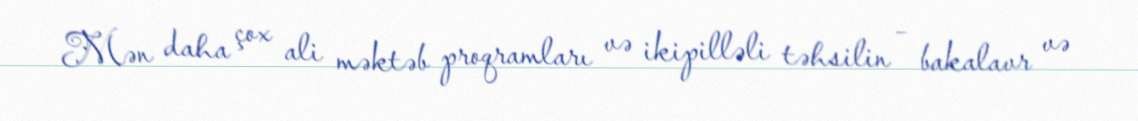
Mən daha çox ali məktəb proqramları və ikipilləli təhsilin – bakalavr və